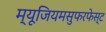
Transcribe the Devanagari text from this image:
म्यूजियमसुफरफेस्ट